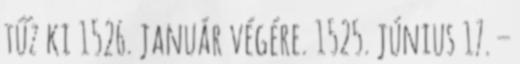
tűz ki 1526. január végére. 1525. június 17. –